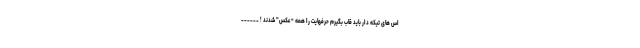
اس های تیکه دار باید قاب بگیرم حرفهایت را همه “عکس” شدند ! ______